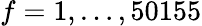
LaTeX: f=1,\ldots,50155